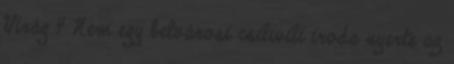
Virág 4 Nem egy belvárosi csilivili iroda nyerte az